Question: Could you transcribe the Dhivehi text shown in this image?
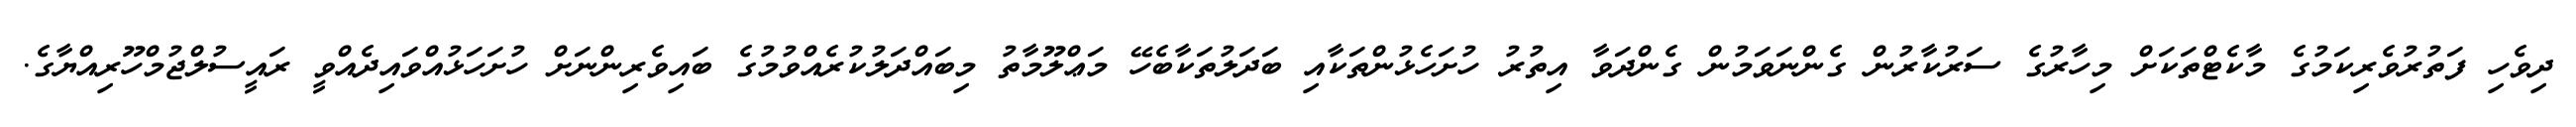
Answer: ދިވެހި ފަތުރުވެރިކަމުގެ މާކެޓްތަކަށް މިހާރުގެ ސަރުކާރުން ގެންނަވަމުން ގެންދަވާ އިތުރު ހުށަހެޅުންތަކާއި ބަދަލުތަކާބެހޭ މަޢްލޫމާތު މިބައްދަލުކުރެއްވުމުގެ ބައިވެރިންނަށް ހުށަހަޅުއްވައިދެއްވީ ރައީސުލްޖުމްހޫރިއްޔާގެ.